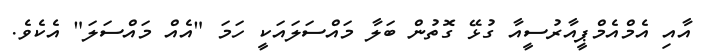
އާއި އެމްއެމްޕީއާރުސީއާ ގުޅޭ ގޮތުން ބަލާ މައްސަލައަކީ ހަމަ "އެއް މައްސަލަ" އެކެވެ.